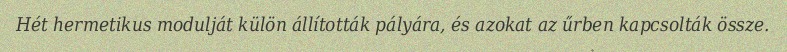
Hét hermetikus modulját külön állították pályára, és azokat az űrben kapcsolták össze.